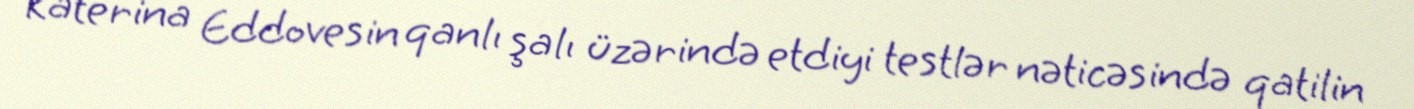
Katerina Eddovesin qanlı şalı üzərində etdiyi testlər nəticəsində qatilin